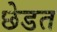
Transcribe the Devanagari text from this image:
छेडत